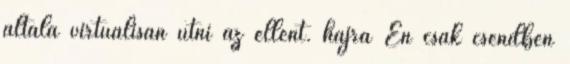
általa virtuálisan ütni az ellent. hajrá Én csak csendben